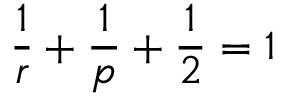
\frac { 1 } { r } + \frac { 1 } { p } + \frac { 1 } { 2 } = 1